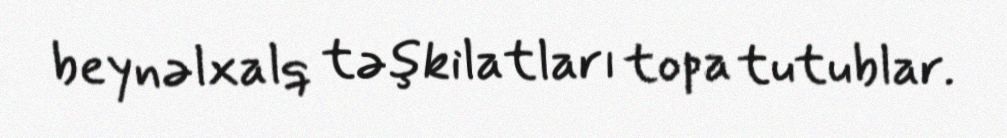
beynəlxalq təşkilatları topa tutublar.